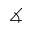
\measuredangle